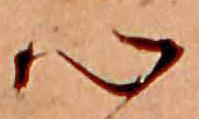
心